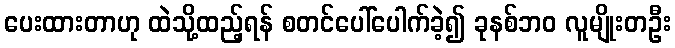
ပေးထားတာဟု ထဲသို့ထည့်ရန် စတင်ပေါ်ပေါက်ခဲ့၍ ခုနစ်ဘ၀ လူမျိုးတဦး